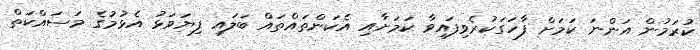
ކުރަމުން އަންނަ ކަމަށް ފާހަގަކުރެވިފައިވާ ކަމަށާއި އެކަންތައްތައް ބަލައި ފިޔަވަޅު އެޅުމުގެ މަސައްކަތް